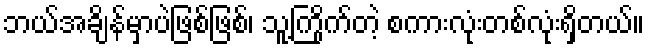
ဘယ်အချိန်မှာပဲဖြစ်ဖြစ်၊ သူ့ကြိုက်တဲ့ စကားလုံးတစ်လုံးရှိတယ်။